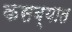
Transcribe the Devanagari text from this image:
कसब्यात